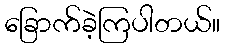
ခြောက်ခဲ့ကြပါတယ်။